Tezpur Lunatic Asylum reports 1895-1904 - 1895-1904
Year: 1895
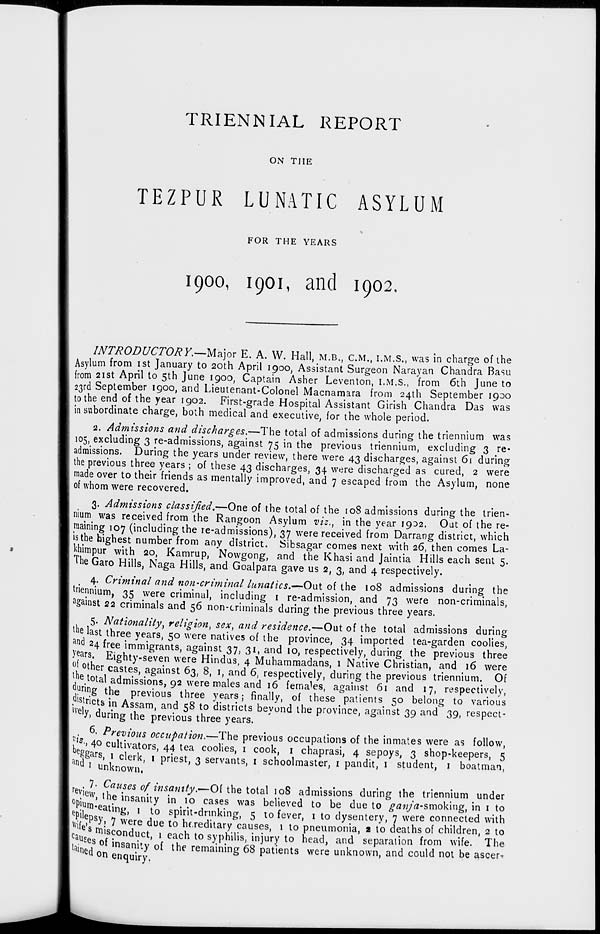
TRIENNIAL REPORT
ON THE
TEZPUR LUNATIC ASYLUM
FOR THE YEARS
1900, 1901, and 1902.
INTRODUCTORY.—-Major E. A. W. Hall, M.B., CM., I.M.S., was in charge of the
Asylum from ist January to 20th April 1900, Assistant Surgeon Narayan Chandra Basu
from 21st April to 5th June 1900, Captain Asher Leventon, I.M.S., from 6th June to
23rd September 1900, and Lieutenant-Colonel Macnamara from 24th September 1900
to the end of the year 1902. First-grade Hospital Assistant Girish Chandra Das was
insubordinate charge, both medical and executive, for the whole period.
2. Admissions and discharges.—The total of admissions during the triennium was
105, excluding 3 re-admissions, against 75 in the previous triennium, excluding 3 re-
admissions. During the years under review, there were 43 discharges, against 61 during
the previous three years ; of these 43 discharges, 34 were discharged as cured, 2 were
made over to their friends as mentally improved, and 7 escaped from the Asylum, none
of whom were recovered.
3. Admissions classified.—One of the total of the 108 admissions during the trien-
mum was received from the Rangoon Asylum viz., in the year 1902. Out of the re-
maining 107 (including the re-admissions), 37 were received from Darrang district, which
is the highest number from any district. Sibsagar comes next with 26, then comes La-
khimpur with 20, Kamrup, Nowgong, and the Khasi and Jaintia Hills each sent 5.
The Garo Hills, Naga Hills, and Goalpara gave us 2, 3, and 4 respectively.
4. Criminal and non-criminal lunatics.—Out of the 108 admissions during the
uiennium, 35 were criminal, including 1 re-admission, and 73 were non-criminals,
against 22 criminals and 56 non-criminals during the previous three years.
5- Nationality, religion, sex, and residence.—Out of the total admissions during
tne last three years, 50 were natives of the province, 34 imported tea-garden coolies,
and 24 free immigrants, against 37, 31, and 10, respectively, during the previous three
years. Eighty-seven were Hindus, 4 Muhamrnadans, 1 Native Christian, and 16 were
pother castes, against 63, 8, 1, and 6, respectively, during the previous triennium. Of
ne
# total admissions, 92 were males and 16 females, against 61 and 17, respectively,
P rir Jg the previous three years; finally, of these patients 50 belong to various
, ls tncts in Assam, and 58 to districts beyond the province, against 39 and 39, respect-
^e l y, during the previous three years.
6. Previous occupation.—The previous occupations of the inmates were as follow,
, 8 -t 4° cultivators, 44 tea coolies, 1 cook, 1 chaprasi, 4 sepoys, 3 shop-keepers, 5
anT^a rS) ! c^er^> l priest, 3 servants, 1 schoolmaster, 1 pandit, 1 student, 1 boatman,
rina I unknown,
rev
Causes of insanity.—Of the total 108 admissions during the triennium under
0 pj' ew » tn e insanity in 10 cases was believed to be due to ganja-smokxug, in 1 to
epil m " eatni £> 1 to spirit-drinking, 5 to fever, 1 to dysentery, 7 were connected with
wlf ,P s yj 7 were due to hereditary causes, 1 to pneumonia, a to deaths of children, 2 to
c aue
S mis conduct, 1 each to syphilis, injury to head, and separation from wife. The
tainlj 8
,nsam^y of the remaining 68 patients were unknown, and could not be ascer?
6(1 on enquiry.